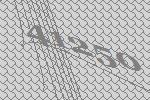
41250